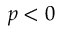
p < 0